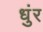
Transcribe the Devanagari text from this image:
धुंर